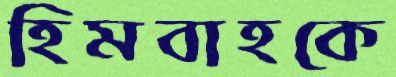
হিমবাহকে